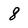
Character: 8